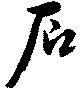
石